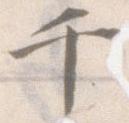
千